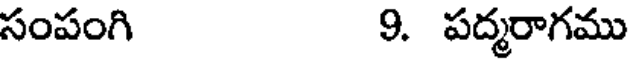
సంపంగి 9. పద్మరాగము